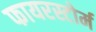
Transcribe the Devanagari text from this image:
फायरस्टोर्म